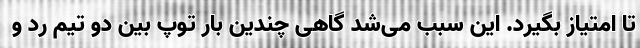
تا امتیاز بگیرد. این سبب می‌شد گاهی چندین بار توپ بین دو تیم رد و